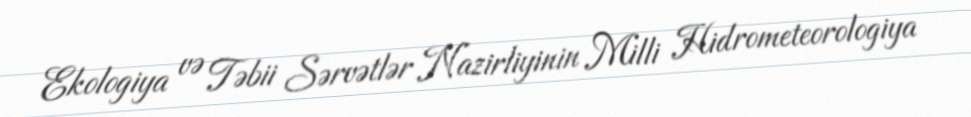
Ekologiya və Təbii Sərvətlər Nazirliyinin Milli Hidrometeorologiya